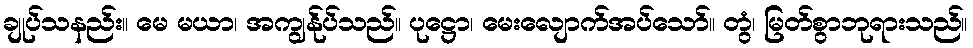
ချုပ်သနည်း။ မေ မယာ၊ အကျွန်ုပ်သည်။ ပုဋ္ဌော၊ မေးလျောက်အပ်သော်။ တွံ၊ မြတ်စွာဘုရားသည်။